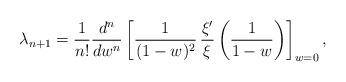
LaTeX: \begin{align*} \lambda_{n+1}=\frac{1}{n!}\frac{d^n}{dw^n}\left[\frac{1}{(1-w)^2} \, \frac{\xi'}{\xi}\left(\frac{1}{1-w}\right)\right]_{w=0}, \end{align*}